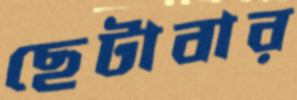
ছেটাবার